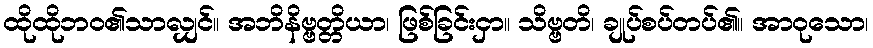
ထိုထိုဘဝ၏သာလျှင်။ အဘိနိဗ္ဗတ္တိယာ၊ ဖြစ်ခြင်းငှာ။ သိဗ္ဗတိ၊ ချုပ်စပ်တပ်၏။ အာဝုသော၊